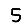
Digit: 5